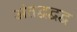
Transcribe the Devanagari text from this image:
अंतद्वद्वद्व